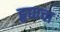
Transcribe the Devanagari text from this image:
हृद्याचा